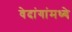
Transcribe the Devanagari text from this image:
वेदांगांमध्ये